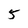
Character: 5